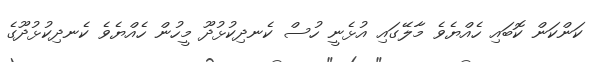
ކަންކަން ކޮބައި ހެއްޔެވެ މާލޭގައި އުޅެނީ ހުސް ކެނދިކުޅުދޫ މީހުން ހެއްޔެވެ ކެނދިކުޅުދޫގެ